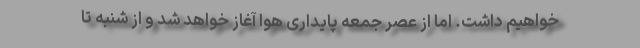
خواهیم داشت. اما از عصر جمعه پایداری هوا آغاز خواهد شد و از شنبه تا